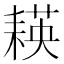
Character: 𦔃